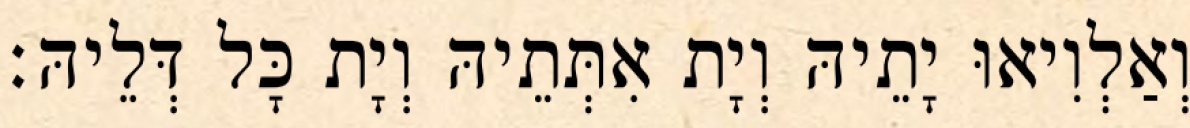
וְאַלְוִיאוּ יָתֵיהּ וְיָת אִתְּתֵיהּ וְיָת כָּל דְּלֵיהּ׃